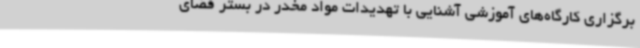
برگزاری کارگاه‌های آموزشی آشنایی با تهدیدات مواد مخدر در بستر فضای